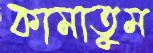
কামাতুম